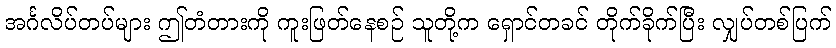
အင်္ဂလိပ်တပ်များ ဤတံတားကို ကူးဖြတ်နေစဉ် သူတို့က ရှောင်တခင် တိုက်ခိုက်ပြီး လျှပ်တစ်ပြက်